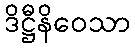
ဒိဋ္ဌီနိဝေသာ